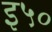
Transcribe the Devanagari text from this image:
इ५०